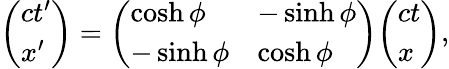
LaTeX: {\left(\begin{array}{l}{ct^{\prime}}\\ {x^{\prime}}\end{array}\right)}={\left(\begin{array}{ll}{\cosh\phi}&{-\sinh\phi}\\ {-\sinh\phi}&{\cosh\phi}\end{array}\right)}{\left(\begin{array}{l}{ct}\\ {x}\end{array}\right)},